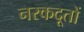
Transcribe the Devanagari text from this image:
नरकदूतों